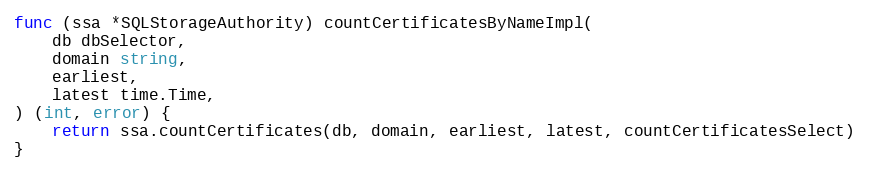
Language: Go
func (ssa *SQLStorageAuthority) countCertificatesByNameImpl(
	db dbSelector,
	domain string,
	earliest,
	latest time.Time,
) (int, error) {
	return ssa.countCertificates(db, domain, earliest, latest, countCertificatesSelect)
}